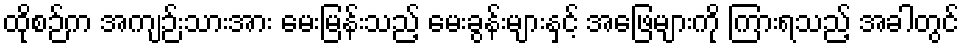
ထိုစဉ်က အကျဉ်းသားအား မေးမြန်းသည့် မေးခွန်းများနှင့် အဖြေများကို ကြားရသည့် အခါတွင်